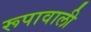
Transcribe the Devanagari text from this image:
रूपावाली